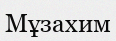
Мұзахим